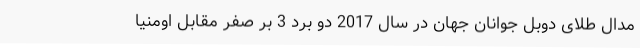
مدال طلای دوبل جوانان جهان در سال 2017 دو برد 3 بر صفر مقابل اومنیا